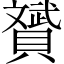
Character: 贇